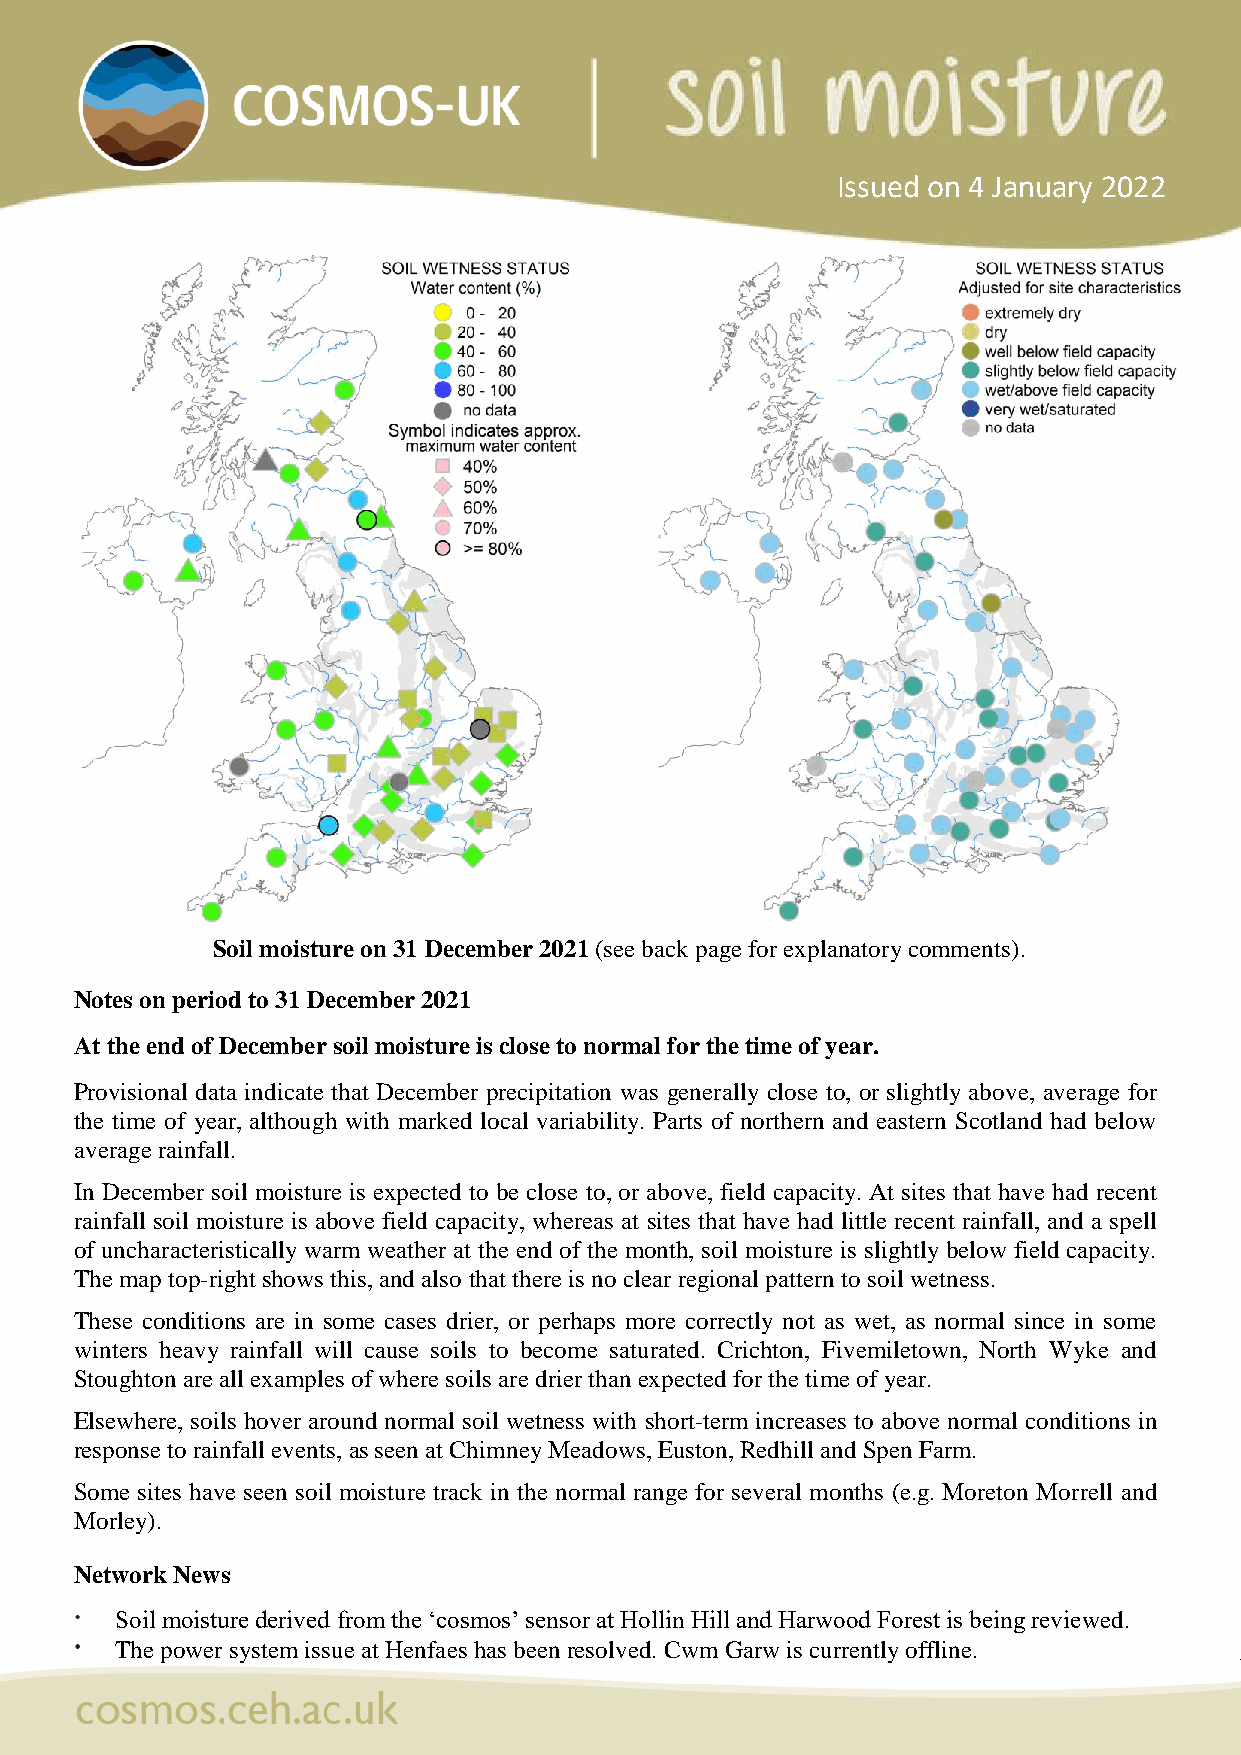
Issued on 4 January 2022
 Soil moisture on 31 December 2021 (see back page for explanatory comments).
 Notes on period to 31 December 2021
 At the end of December soil moisture is close to normal for the time of year.
 Provisional data indicate that December precipitation was generally close to, or slightly above, average for
 the time of year, although with marked local variability. Parts of northern and eastern Scotland had below
 average rainfall.
 In December soil moisture is expected to be close to, or above, field capacity. At sites that have had recent
 rainfall soil moisture is above field capacity, whereas at sites that have had little recent rainfall, and a spell
 of uncharacteristically warm weather at the end of the month, soil moisture is slightly below field capacity.
 The map top-right shows this, and also that there is no clear regional pattern to soil wetness.
 These conditions are in some cases drier, or perhaps more correctly not as wet, as normal since in some
 winters heavy rainfall will cause soils to become saturated. Crichton, Fivemiletown, North Wyke and
 Stoughton are all examples of where soils are drier than expected for the time of year.
 Elsewhere, soils hover around normal soil wetness with short-term increases to above normal conditions in
 response to rainfall events, as seen at Chimney Meadows, Euston, Redhill and Spen Farm.
 Some sites have seen soil moisture track in the normal range for several months (e.g. Moreton Morrell and
 Morley).
 Network News
 Soil moisture derived from the ‘cosmos’ sensor at Hollin Hill and Harwood Forest is being reviewed.
 The power system issue at Henfaes has been resolved. Cwm Garw is currently offline.